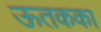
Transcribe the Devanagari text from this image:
ऊतकका